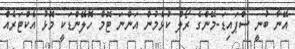
އޭނާ ބުނީ ސްޕައިޑަ-މޭންގެ ރޯލް ކުޅެމުން އަންނަ ޓޮމް ހޮލޭންޑަކީ މޮޅު އެކްޓަރެއް